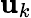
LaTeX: \mathbf{u}_{k}